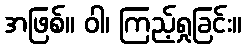
အဖြစ်။ ဝါ၊ ကြည့်ရှုခြင်း။